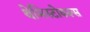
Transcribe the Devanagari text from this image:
थेमिस्टोकल्स